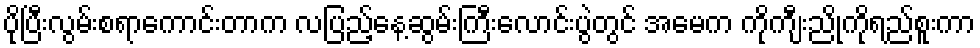
ပိုပြီးလွမ်းစရာကောင်းတာက လပြည့်နေ့ဆွမ်းကြီးလောင်းပွဲတွင် အမေက ကိုကျီးညိုကိုရည်စူးကာ